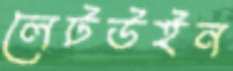
লেটউইন